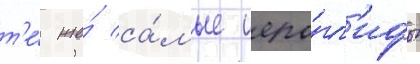
т'е́ же́ са́мые иеро́гл'ифы